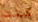
كنت